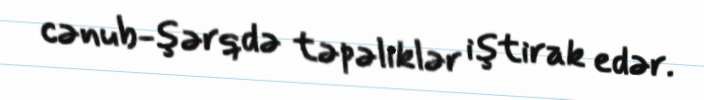
cənub-şərqdə təpəliklər iştirak edər.